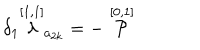
\delta _ { 1 } \stackrel { [ 1 , 1 ] } { \lambda } _ { a _ { 2 k } } = - \stackrel { [ 0 , 1 ] } { \cal P }